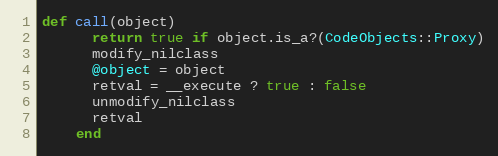
Language: Ruby
def call(object)
      return true if object.is_a?(CodeObjects::Proxy)
      modify_nilclass
      @object = object
      retval = __execute ? true : false
      unmodify_nilclass
      retval
    end